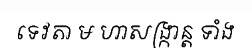
ទេវតា ម ហាសង្ក្រាន្ត ទាំង